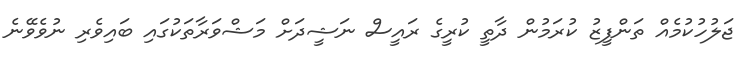
ޖަލުހުކުމެއް ތަންފީޒު ކުރަމުން ދާތީ ކުރީގެ ރައީސް ނަޝީދަށް މަޝްވަރާތަކުގައި ބައިވެރި ނުވެވޭނެ